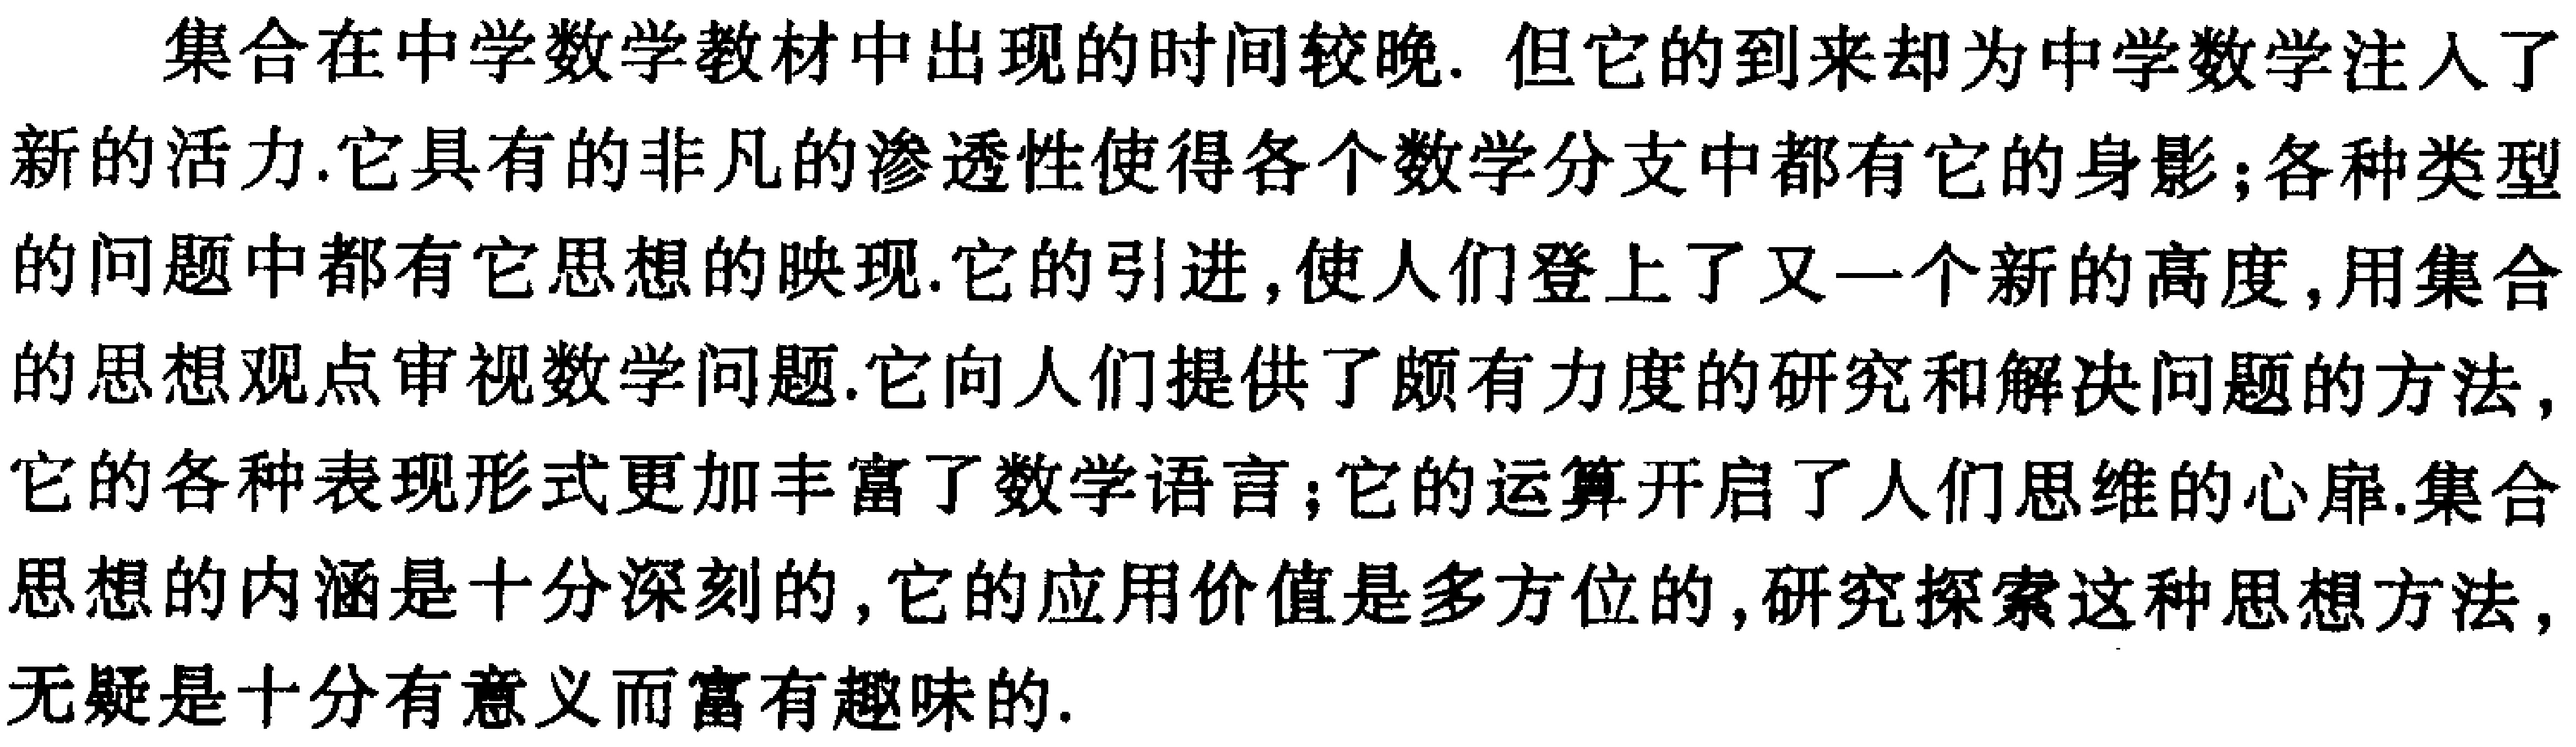
集合在中学数学教材中出现的时间较晚. 但它的到来却为中学数学注入了新的活力.它具有的非凡的渗透性使得各个数学分支中都有它的身影;各种类型的问题中都有它思想的映现.它的引进,使人们登上了又一个新的高度,用集合的思想观点审视数学问题.它向人们提供了颇有力度的研究和解决问题的方法,它的各种表现形式更加丰富了数学语言;它的运算开启了人们思维的心扉.集合思想的内涵是十分深刻的,它的应用价值是多方位的,研究探索这种思想方法,无疑是十分有意义而富有趣味的.